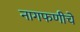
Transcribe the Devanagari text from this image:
नागफणीचे